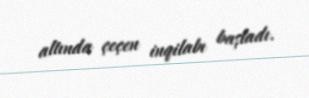
altında çeçen inqilabı başladı.